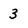
Character: 3